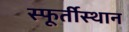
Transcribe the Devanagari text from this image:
स्फूर्तीस्थान